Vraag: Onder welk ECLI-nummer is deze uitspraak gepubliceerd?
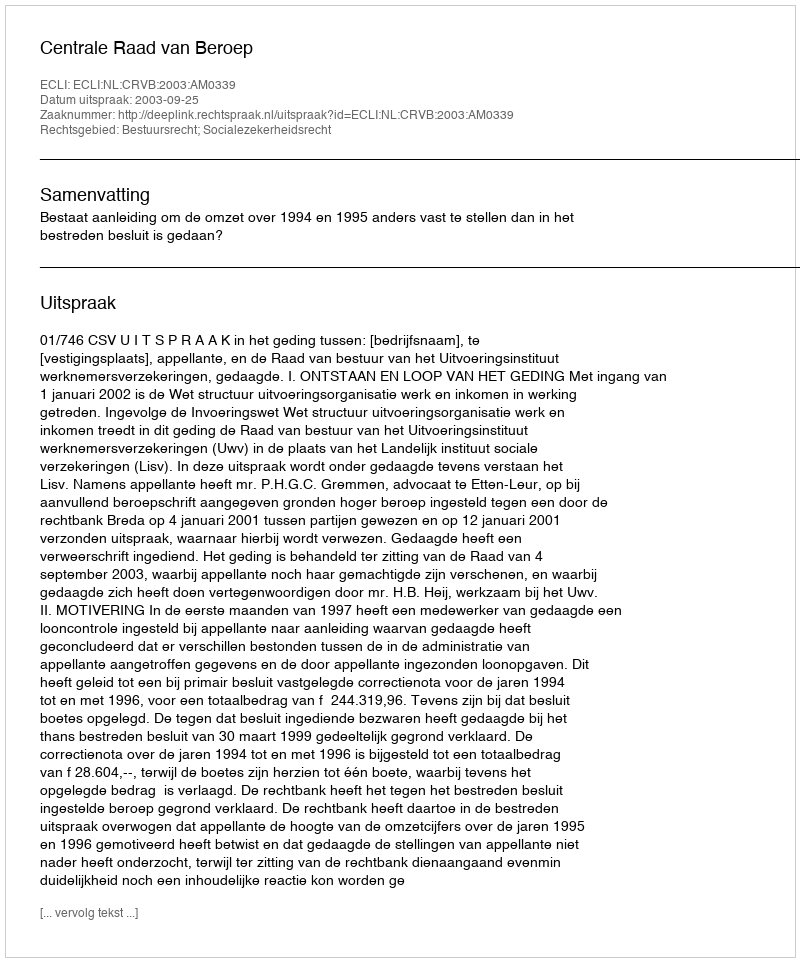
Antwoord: ECLI:NL:CRVB:2003:AM0339